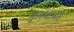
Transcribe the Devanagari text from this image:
मुल्ल्यासह